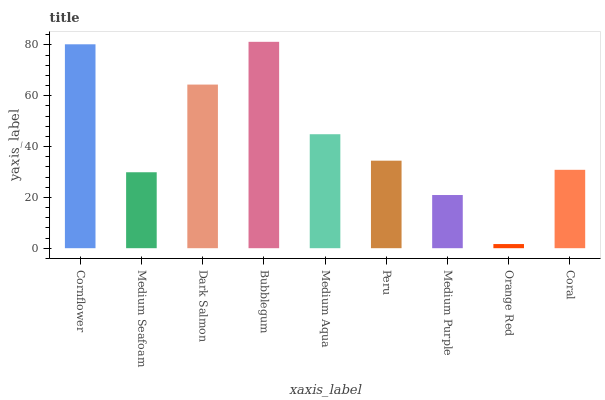
| xaxis_label | bars |
 | --- | --- |
 | Cornflower | 80.2 |
 | Medium Seafoam | 29.9 |
 | Dark Salmon | 64.4 |
 | Bubblegum | 81.2 |
 | Medium Aqua | 44.8 |
 | Peru | 34.4 |
 | Medium Purple | 20.9 |
 | Orange Red | 1.63 |
 | Coral | 30.8 |